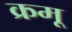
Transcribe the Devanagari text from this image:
क्रमू